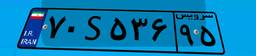
۴۹S۴۲۶۰۷